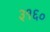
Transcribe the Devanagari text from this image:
३१६०